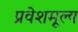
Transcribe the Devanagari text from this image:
प्रवेशमूल्य